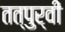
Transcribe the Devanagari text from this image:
तत्पुर्वी